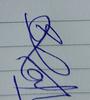
Signature authenticity: genuine